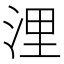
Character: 浬